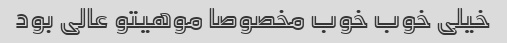
خیلی خوب خوب مخصوصا موهیتو عالی بود